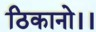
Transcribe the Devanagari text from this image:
ठिकानो।।